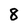
Character: 8